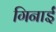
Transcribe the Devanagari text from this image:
गिनाईं